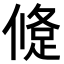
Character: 𨁀